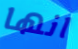
انها